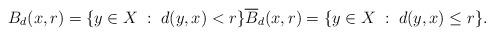
LaTeX: \begin{align*}B_d(x,r)=\{y\in X\;:\; d(y,x)< r\}\overline{B}_d(x,r)=\{y\in X\;:\; d(y,x)\leq r\}.\end{align*}